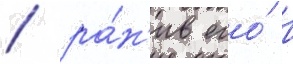
/ ра́н'ив его́ в